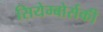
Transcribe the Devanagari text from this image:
सियेम्बोर्सकी